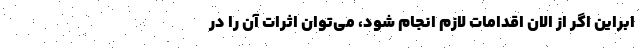
ابراین اگر از الان اقدامات لازم انجام شود، می‌توان اثرات آن را در